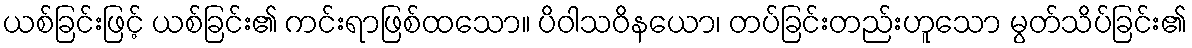
ယစ်ခြင်းဖြင့် ယစ်ခြင်း၏ ကင်းရာဖြစ်ထသော။ ပိဝါသဝိနယော၊ တပ်ခြင်းတည်းဟူသော မွတ်သိပ်ခြင်း၏